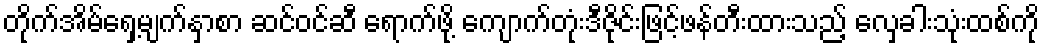
တိုက်အိမ်ရှေ့မျက်နှာစာ ဆင်ဝင်ဆီ ရောက်ဖို့ ကျောက်တုံးဒီဇိုင်းဖြင့်ဖန်တီးထားသည့် လှေခါးသုံးထစ်ကို